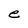
Character: e